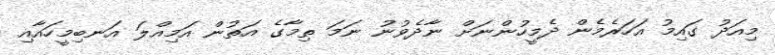
މިއަދު ގައިމު އަހަރެމެން ދެމީހުންނަށް ނާދެވުނު ނަމަ ތިމާގެ އަތުން އަމިއްލަ އަނބިމީހައާއި